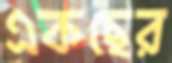
একছের